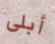
أبلى